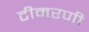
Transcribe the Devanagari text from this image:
टीमरणी